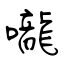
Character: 嚨